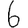
Digit: 6